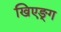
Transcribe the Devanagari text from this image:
खिएङ्ग